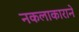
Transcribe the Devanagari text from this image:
नकलाकाराने